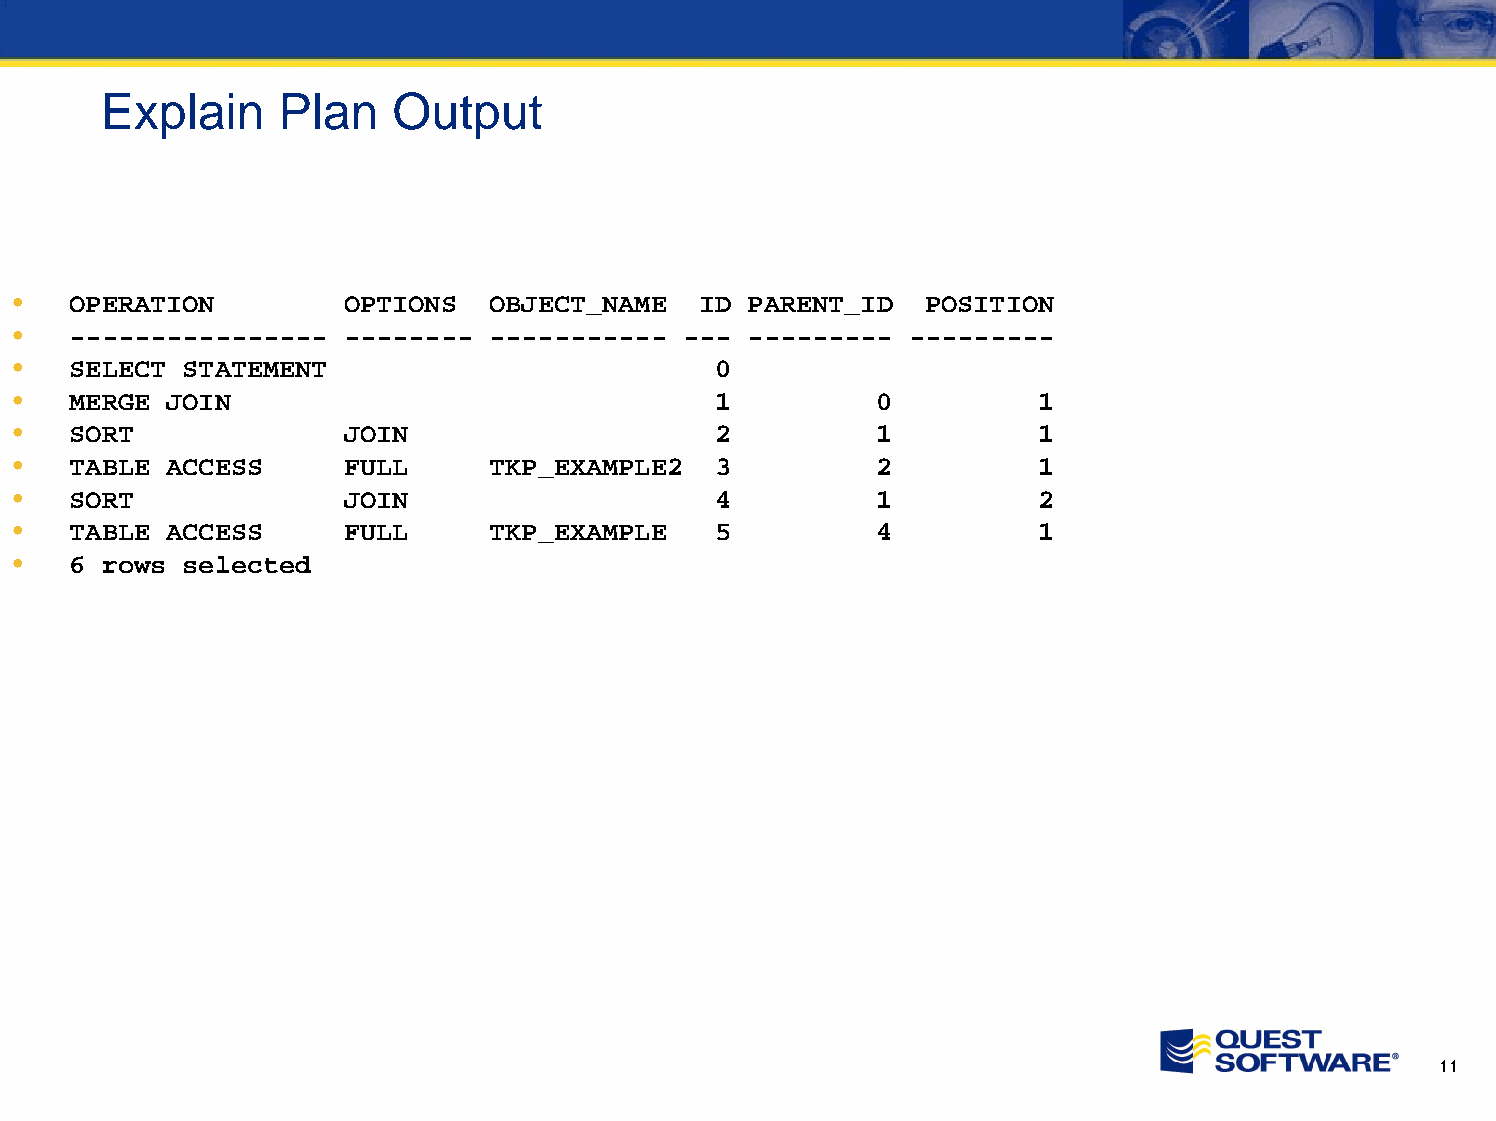
Explain     Plan   Output
 •   OPERATION         OPTIONS  OBJECT_NAME   ID  PARENT_ID  POSITION
 •   ----------------  -------- -----------  ---  --------- ---------
 •   SELECT STATEMENT                          0
 •   MERGE JOIN                                1          0          1
 •   SORT              JOIN                    2          1          1
 •   TABLE ACCESS      FULL     TKP_EXAMPLE2   3          2          1
 •   SORT              JOIN                    4          1          2
 •   TABLE ACCESS      FULL     TKP_EXAMPLE    5          4          1
 •   6 rows selected
 11